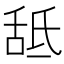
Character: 䑛